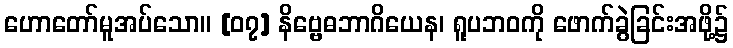
ဟောတော်မူအပ်သော။ [၀၇] နိဗ္ဗေဓဘာဂိယေန၊ ရူပဘဝကို ဖောက်ခွဲခြင်းအဖို့၌